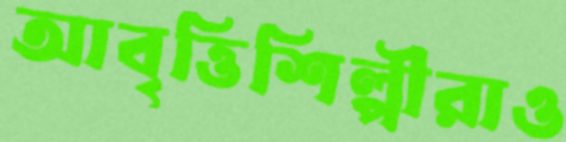
আবৃত্তিশিল্পীরাও